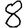
Digit: 8